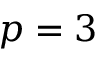
p = 3